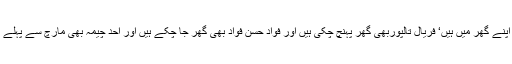
یہ بھی فروری کے مہینے میں اپنے گھروں میں ہوں گے‘ آصف علی زرداری بھی اپنے گھر میں ہیں‘ فریال تالپوربھی گھر پہنچ چکی ہیں اور فواد حسن فواد بھی گھر جا چکے ہیں اور احد چیمہ بھی مارچ سے پہلے اپنے گھر میں ہوں گے لہٰذایہ حقیقت ہے حکومت کا احتساب بری طرح ناکام ہو گیا۔